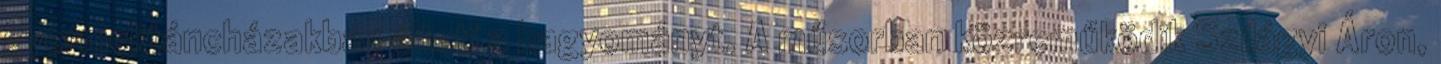
gyermektáncházakban élteti a hagyományt. A műsorban közreműködik Szilágyi Áron,